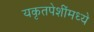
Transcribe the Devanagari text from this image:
यकृतपेशींमध्ये